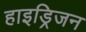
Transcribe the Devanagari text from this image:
हाइड्रिजन